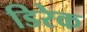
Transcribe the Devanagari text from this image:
डिरेक